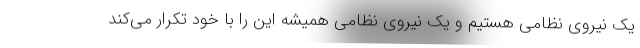
یک نیروی نظامی هستیم و یک نیروی نظامی همیشه این را با خود تکرار می‌کند